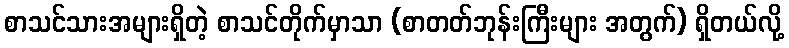
စာသင်သားအများရှိတဲ့ စာသင်တိုက်မှာသာ (စာတတ်ဘုန်းကြီးများ အတွက်) ရှိတယ်လို့